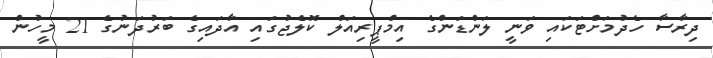
ދިރާސާ ހެދުމަށްޓަކައި ވަނީ ލަންޑަންގެ އިމްޕީރިއަލް ކޮލެޖުގައި އާދައިގެ ބަރުދަނުގެ 21 މީހުން